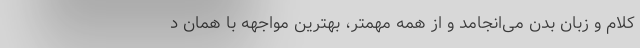
کلام و زبان بدن می‌انجامد و از همه مهمتر، بهترین مواجهه با همان د